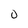
Character: 0